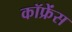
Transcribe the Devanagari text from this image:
कॉफ्रेंस